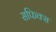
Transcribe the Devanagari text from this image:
सफिक्स